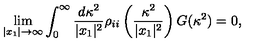
\lim _ { | x _ { 1 } | \rightarrow \infty } \int _ { 0 } ^ { \infty } \frac { d \kappa ^ { 2 } } { | x _ { 1 } | ^ { 2 } } \rho _ { i i } \left( \frac { \kappa ^ { 2 } } { | x _ { 1 } | ^ { 2 } } \right) G ( \kappa ^ { 2 } ) = 0 ,